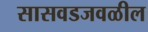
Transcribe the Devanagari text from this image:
सासवडजवळील